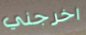
اخرجني